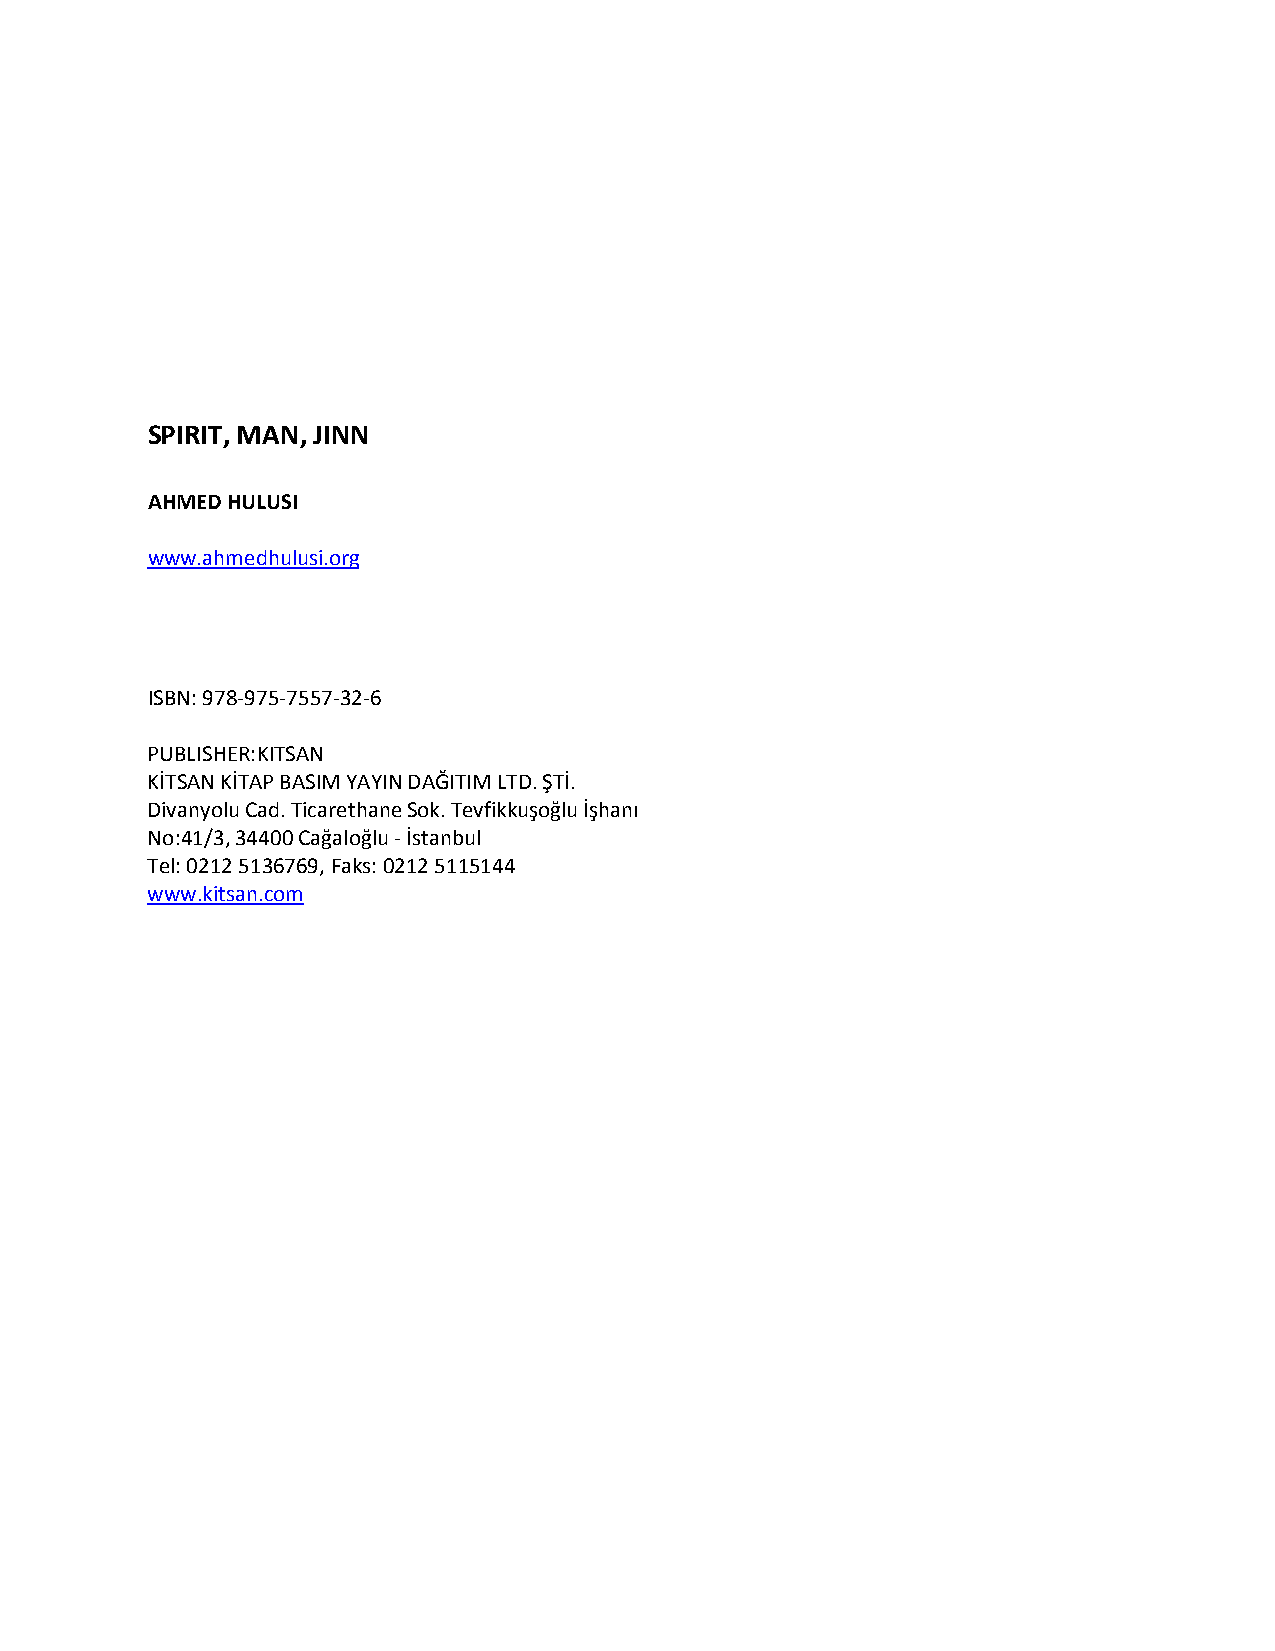
SPIRIT, MAN, JINN
 AHMED HULUSI
 www.ahmedhulusi.org
 ISBN: 978-975-7557-32-6
 PUBLISHER:KITSAN
 KİTSAN KİTAP BASIM YAYIN DAĞITIM LTD. ŞTİ.
 Divanyolu Cad. Ticarethane Sok. Tevfikkuşoğlu İşhanı
 No:41/3, 34400 Cağaloğlu - İstanbul
 Tel: 0212 5136769, Faks: 0212 5115144
 www.kitsan.com